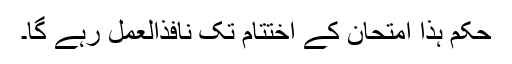
حکم ہذا امتحان کے اختتام تک نافذالعمل رہے گا۔